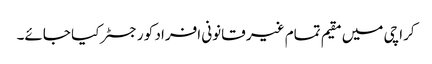
کراچی میں مقیم تمام غیر قانونی افراد کو رجسٹر کیا جائے۔